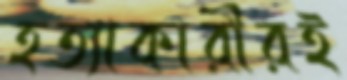
হত্যাকারীরই